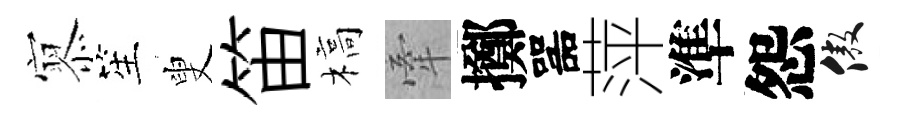
𡪹笙叟笛槁牽擲噐萍準怨傲